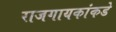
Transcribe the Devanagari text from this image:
राजगायकांकडे